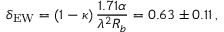
\delta _ { \mathrm { E W } } = ( 1 - \kappa ) \, \frac { 1 . 7 1 \alpha } { \lambda ^ { 2 } R _ { b } } = 0 . 6 3 \pm 0 . 1 1 \, ,